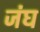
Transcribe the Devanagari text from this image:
जंघ